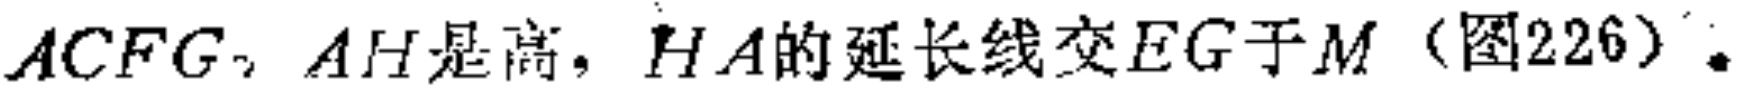
$ACFG$，$AH$是高，$HA$的延长线交$EG$于$M$（图226）。